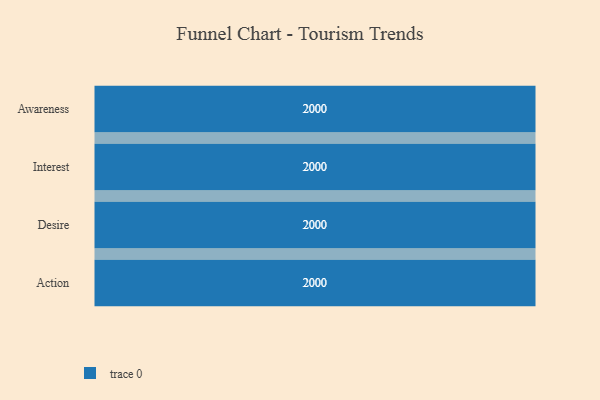
{"axis": {"x": "Stage", "y": "Value"}, "legend": [""], "data": [{"x": "Awareness", "y": 2000, "type": ""}, {"x": "Interest", "y": 2000, "type": ""}, {"x": "Desire", "y": 2000, "type": ""}, {"x": "Action", "y": 2000, "type": ""}]}